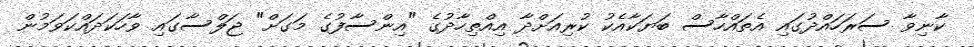
ކާނިވާ ސަރަހައްދުގައި އެތައްހާސް ބަޔަކާއެކު ކުރިއަށްދާ އިއްތިހާދުގެ "އިންސާފުގެ މަގަށް" ޖަލްސާގައި ވާހަކަދައްކަވަމުން